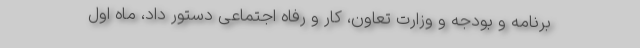
برنامه و بودجه و وزارت تعاون، کار و رفاه اجتماعی دستور داد، ماه اول